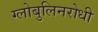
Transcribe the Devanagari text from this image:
ग्लोबुलिनरोधी